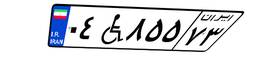
۵۹W۰۱۶۳۹